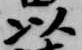
以